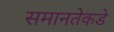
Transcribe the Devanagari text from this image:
समानतेकडे